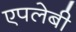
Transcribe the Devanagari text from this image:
एपलेबी